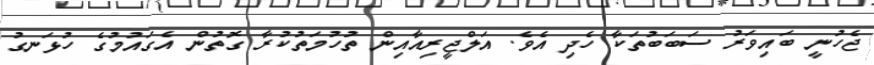
ޖެހުނީ ބައިވަރު ސަބަބުތަކާ ހެދި އެވެ. އަލްޖީރިއާއިން ތުހުމަތުކުރާ ގޮތުން އެގައުމުގެ ހުޅަނގު